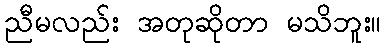
ညီမလည်း အတုဆိုတာ မသိဘူး။